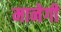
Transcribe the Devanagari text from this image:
मानेगी